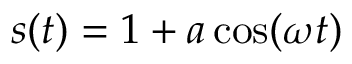
s ( t ) = 1 + a \cos ( \omega t )